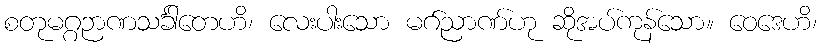
စတုမဂ္ဂဉာဏသင်္ခါတေဟိ၊ လေးပါးသော မဂ်ညာဏ်ဟု ဆိုအပ်ကုန်သော။ ဝေဒေဟိ၊